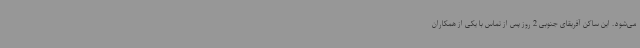
می‌شود. این ساکن آفریقای جنوبی 2 روز پس از تماس با یکی از همکاران